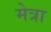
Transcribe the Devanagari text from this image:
मेत्रा